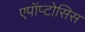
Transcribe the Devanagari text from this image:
एपॉप्टोसिस